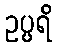
ဥပ္ပရိ